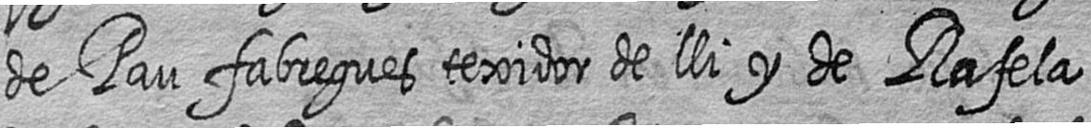
de Pau fabregues texidor de lli y de Rafela